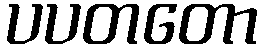
ပပတတော